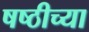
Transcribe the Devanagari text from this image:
षष्ठीच्या